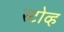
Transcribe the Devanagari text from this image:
स्टोव्ह